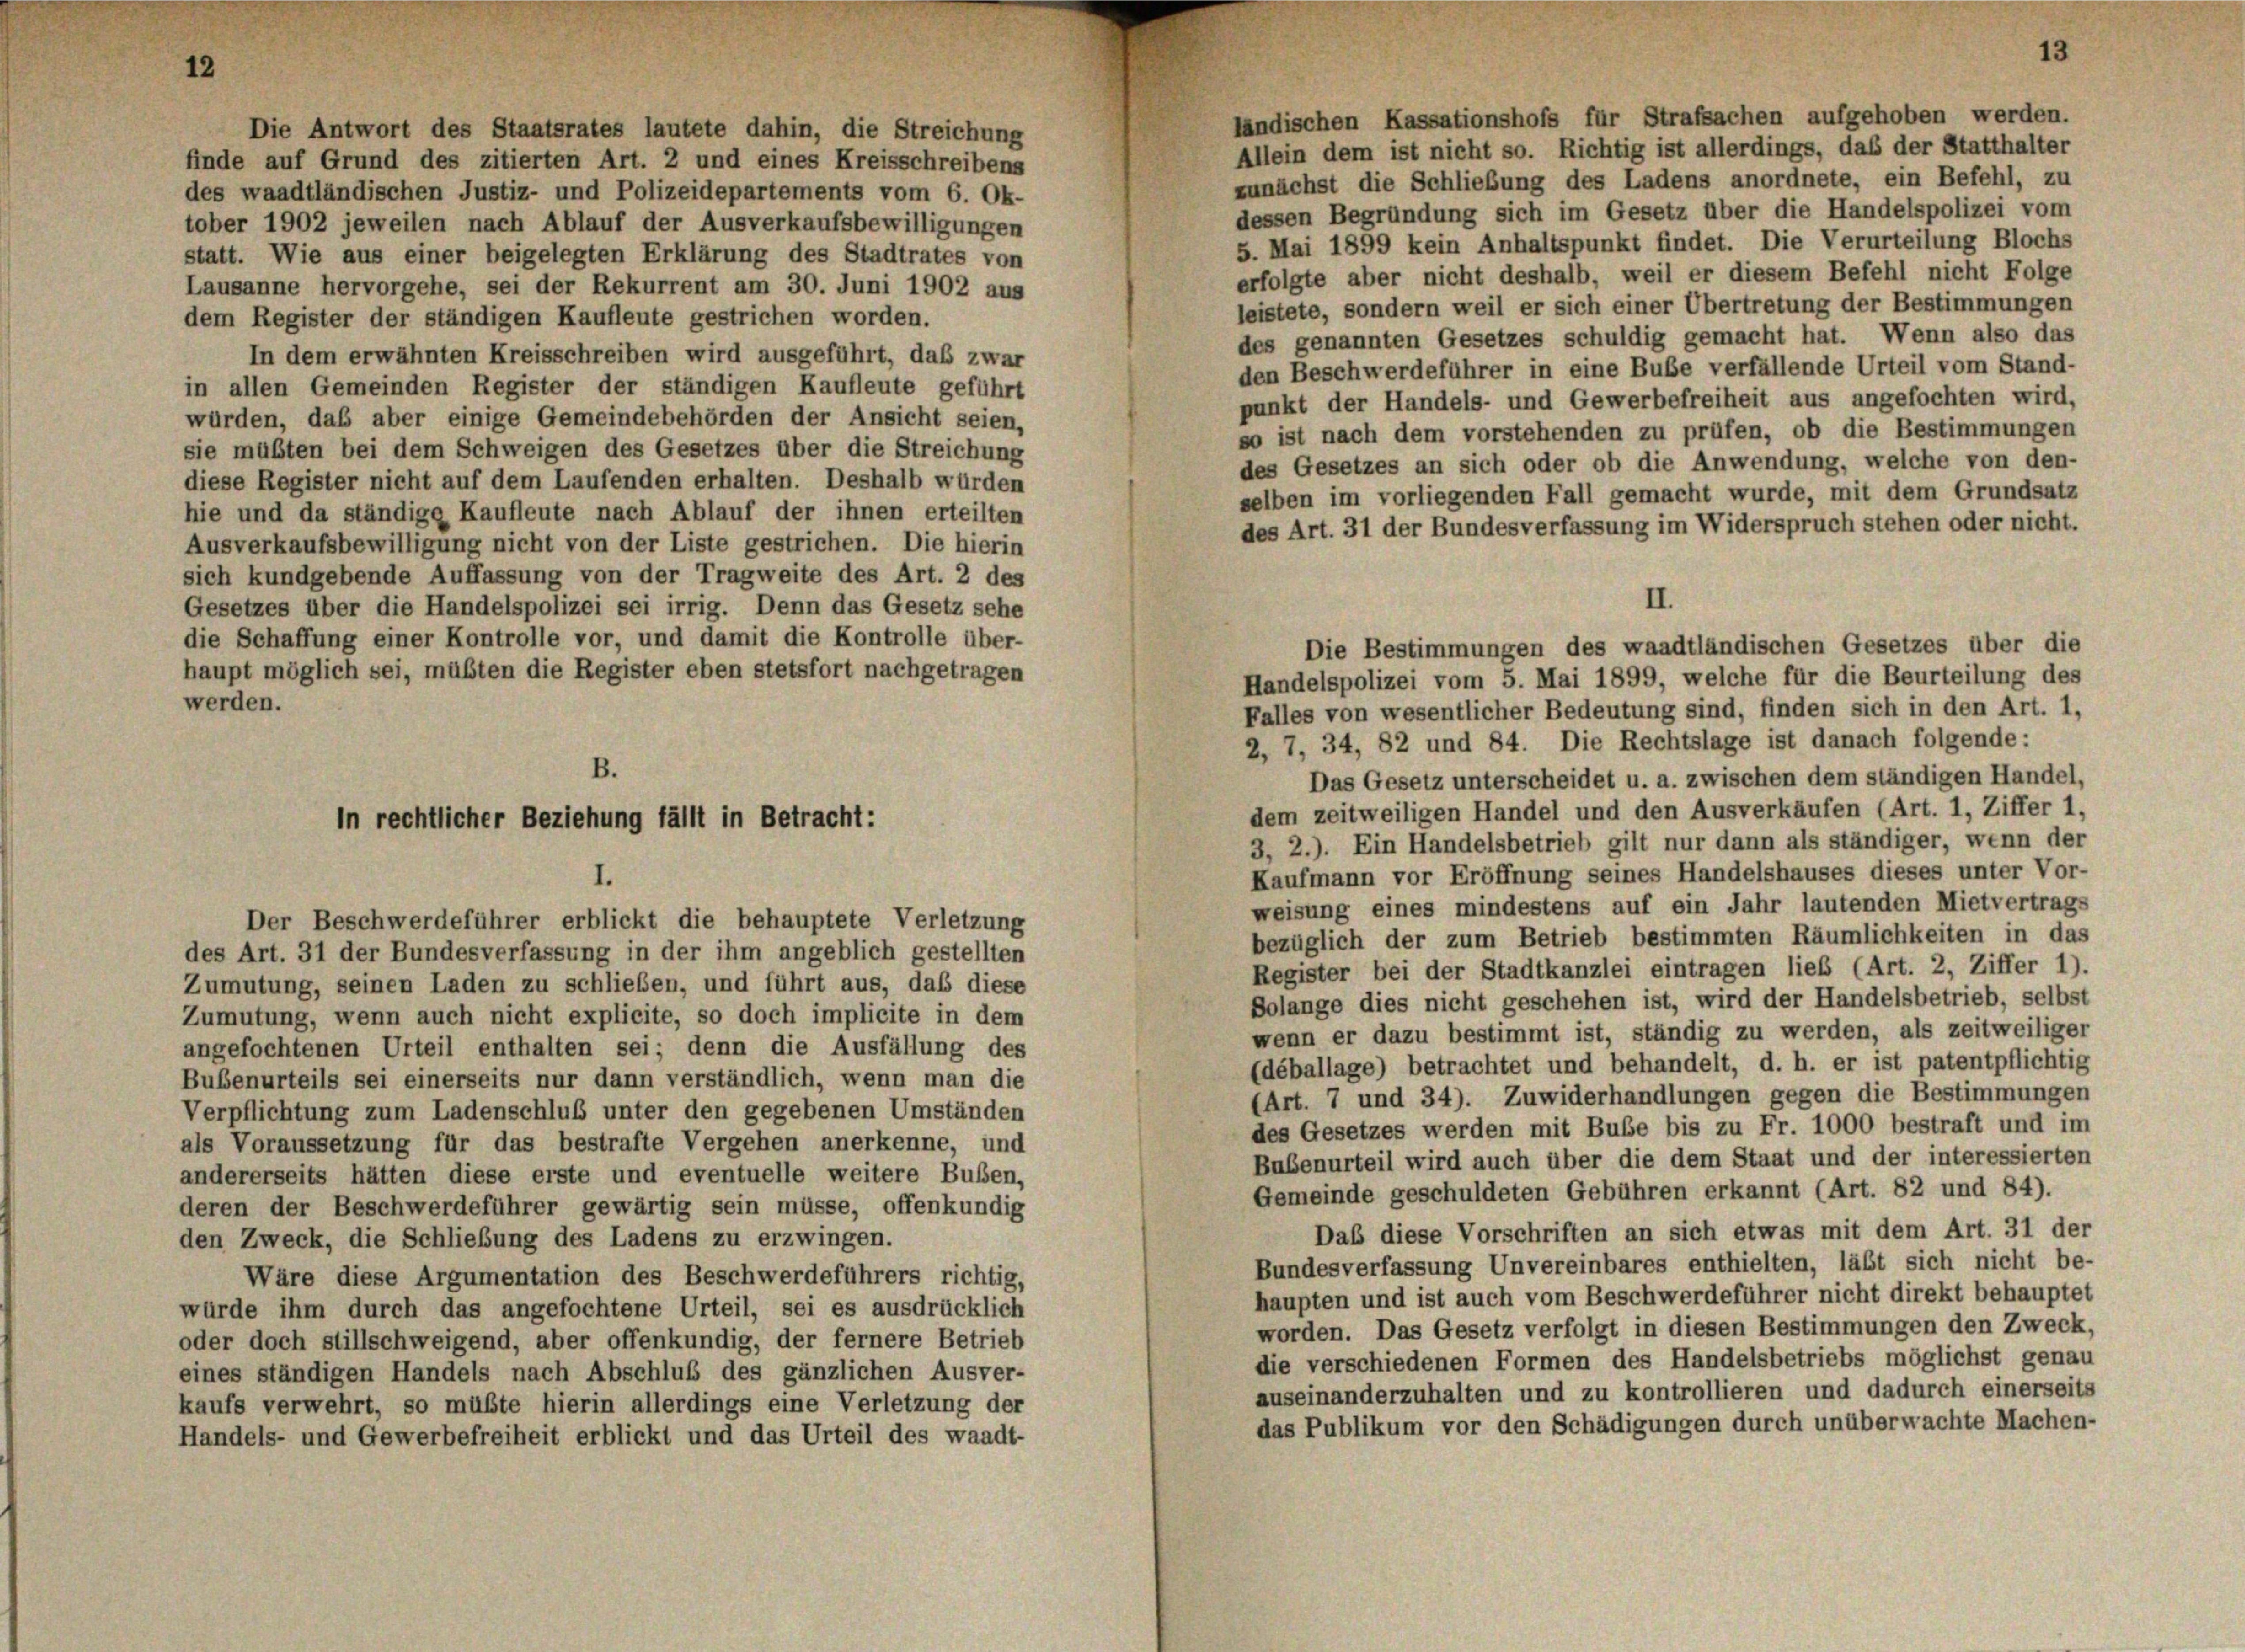
12

ländischen Kassationshofs für Strafsachen aufgehoben werden.
Die Antwort des Staatsrates lautete dahin, die Streichung
Allein dem ist nicht so. Richtig ist allerdings, das der Statthalter
finde auf Grund des zitierten Art. 2 und eines Kreisschreibens
zunächst die Schließung des Ladens anordnete, ein Befehl, zu
des waadtländischen Justiz- und Polizeidepartements vom 6. Ok-
dessen Begründung sich im Gesetz über die Handelspolizei vom
tober 1902 jeweilen nach Ablauf der Ausverkaufsbewilligungen
5. Mai 1899 kein Anhaltspunkt findet. Die Verurteilung Blochs
statt. Wie aus einer beigelegten Erklärung des Stadtrates von
erfolgte aber nicht deshalb, weil er diesem Befehl nicht Folge
Lausanne hervorgehe, sei der Rekurrent am 30. Juni 1902 aus
leistete, sondern weil er sich einer Übertretung der Bestimmungen
dem Register der ständigen Kaufleute gestrichen worden.
des genannten Gesetzes schuldig gemacht hat. Wenn also das
In dem erwähnten Kreisschreiben wird ausgeführt, daß zwar
den Beschwerdeführer in eine Buße verfällende Urteil vom Stand-
in allen Gemeinden Register der ständigen Kaufleute geführt
punkt der Handels- und Gewerbefreiheit aus angefochten wird,
würden, daß aber einige Gemeindebehörden der Ansicht seien,
so ist nach dem vorstehenden zu prüfen, ob die Bestimmungen
sie müßten bei dem Schweigen des Gesetzes über die Streichung
des Gesetzes an sich oder ob die Anwendung, welche von den-
diese Register nicht auf dem Laufenden erhalten. Deshalb würden
selben im vorliegenden Fall gemacht wurde, mit dem Grundsatz
hie und da ständige Kaufleute nach Ablauf der ihnen erteilten
des Art. 31 der Bundesverfassung im Widerspruch stehen oder nicht.
Ausverkaufsbewilligung nicht von der Liste gestrichen. Die hierin
sich kundgebende Auffassung von der Tragweite des Art. 2 des
Gesetzes über die Handelspolizei sei irrig. Denn das Gesetz sehe
die Schaffung einer Kontrolle vor, und damit die Kontrolle über-
haupt möglich sei, müßten die Register eben stetsfort nachgetragen
Handelspolizei vom 5. Mai 1899, welche für die Beurteilung des
werden.
Falles von wesentlicher Bedeutung sind, finden sich in den Art. 1,
2, 7, 34, 82 und 84. Die Rechtslage ist danach folgende:
B.
Das Gesetz unterscheidet u. a. zwischen dem ständigen Handel,
dem zeitweiligen Handel und den Ausverkäufen (Art. 1, Ziffer 1.
In rechtlicher Beziehung fällt in Betracht:
3, 2.). Ein Handelsbetrieb gilt nur dann als ständiger, wenn der
Kaufmann vor Eröffnung seines Handelshauses dieses unter Vor-
I.
weisung eines mindestens auf ein Jahr lautenden Mietvertrags
Der Beschwerdeführer erblickt die behauptete Verletzung
bezüglich der zum Betrieb bestimmten Räumlichkeiten in das
des Art. 31 der Bundesverfassung in der ihm angeblich gestellten
Register bei der Stadtkanzlei eintragen ließ (Art. 2, Ziffer 1).
Zumutung, seinen Laden zu schlieben, und führt aus, daß diese
Bolange dies nicht geschehen ist, wird der Handelsbetrieb, selbst
Zumutung, wenn auch nicht explicite, so doch implicite in dem
wenn er dazu bestimmt ist, ständig zu werden, als zeitweiliger
angefochtenen Urteil enthalten sei; denn die Ausfällung des
(déballage) betrachtet und behandelt, d. h. er ist patentpflichtig
Bubenurteils sei einerseits nur dann verständlich, wenn man die
(Art. 7 und 34). Zuwiderhandlungen gegen die Bestimmungen
Verpflichtung zum Ladenschluß unter den gegebenen Umständen
des Gesetzes werden mit Buße bis zu Fr. 1000 bestraft und im
als Voraussetzung für das bestrafte Vergehen anerkenne, und
Bubenurteil wird auch über die dem Staat und der interessierten
andererseits hätten diese erste und eventuelle weitere Bußen,
Gemeinde geschuldeten Gebühren erkannt (Art. 82 und 84).
deren der Beschwerdeführer gewärtig sein müsse, offenkundig
Dab diese Vorschriften an sich etwas mit dem Art. 31 der
den Zweck, die Schliebung des Ladens zu erzwingen.
Bundesverfassung Unvereinbares enthielten, läßt sich nicht be-
Wäre diese Argumentation des Beschwerdeführers richtig,
haupten und ist auch vom Beschwerdeführer nicht direkt behauptet
würde ihm durch das angefochtene Urteil, sei es ausdrücklich
worden. Das Gesetz verfolgt in diesen Bestimmungen den Zweck,
oder doch stillschweigend, aber offenkundig, der fernere Betrieb
die verschiedenen Formen des Handelsbetriebs möglichst genau
eines ständigen Handels nach Abschluß des gänzlichen Ausver-
auseinanderzuhalten und zu kontrollieren und dadurch einerseits
kaufs verwehrt, so müßte hierin allerdings eine Verletzung der
das Publikum vor den Schädigungen durch unüberwachte Machen-
Handels- und Gewerbefreiheit erblickt und das Urteil des waadt-

II.
Die Bestimmungen des waadtländischen Gesetzes über die

13